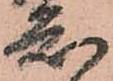
知